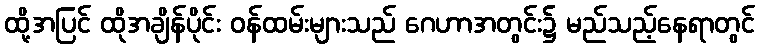
ထို့အပြင် ထိုအချိန်ပိုင်း ဝန်ထမ်းများသည် ဂေဟာအတွင်း၌ မည်သည့်နေရာတွင်